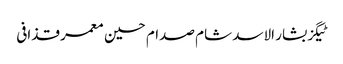
ٹیگزبشار الاسد شام صدام حسین معمر قذافی